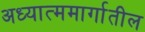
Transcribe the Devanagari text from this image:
अध्यात्ममार्गातील